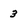
Character: 3